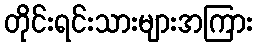
တိုင်းရင်းသားများအကြား